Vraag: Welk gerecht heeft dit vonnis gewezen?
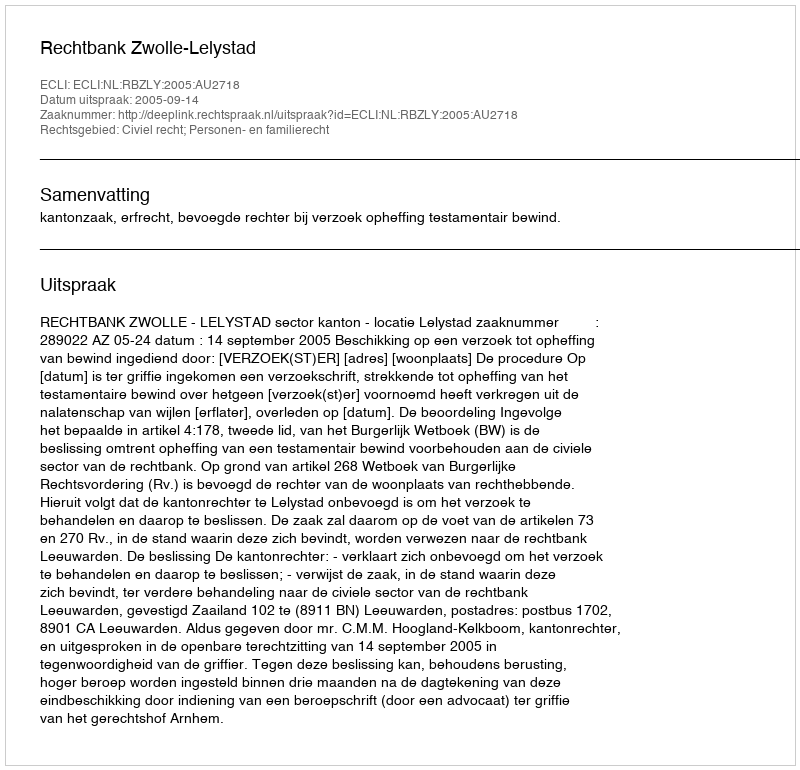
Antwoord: Rechtbank Zwolle-Lelystad